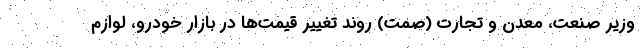
وزیر صنعت، معدن و تجارت (صمت) روند تغییر قیمت‌ها در بازار خودرو، لوازم